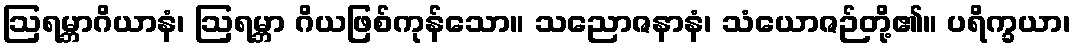
ဩရမ္ဘာဂိယာနံ၊ ဩရမ္ဘာ ဂိယဖြစ်ကုန်သော။ သညောဇနာနံ၊ သံယောဇဉ်တို့၏။ ပရိက္ခယာ၊